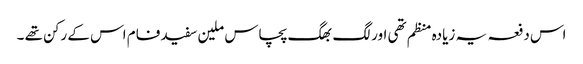
اس دفعہ یہ زیادہ منظم تھی اور لگ بھگ پچاس ملین سفید فام اس کے رکن تھے ۔